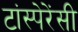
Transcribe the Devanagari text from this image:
टांस्पेरेंसी